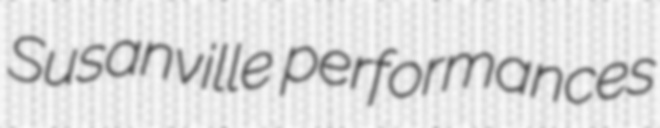
Susanville performances